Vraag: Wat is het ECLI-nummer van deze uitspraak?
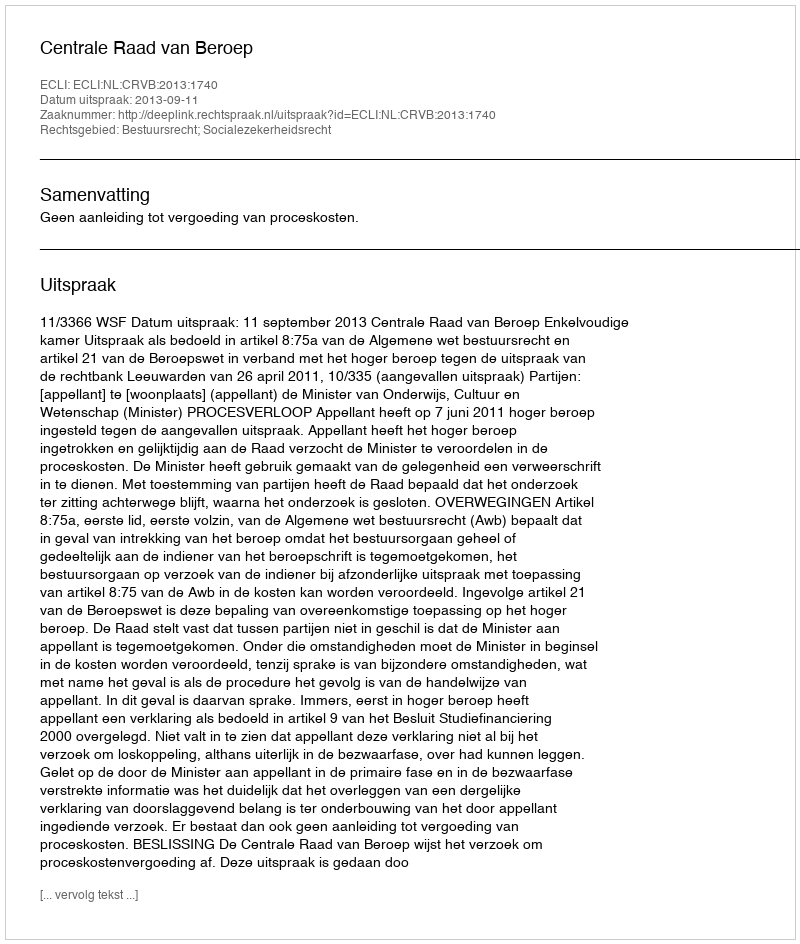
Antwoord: ECLI:NL:CRVB:2013:1740